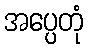
အပ္ပေတုံ